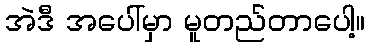
အဲဒီ အပေါ်မှာ မူတည်တာပေါ့။